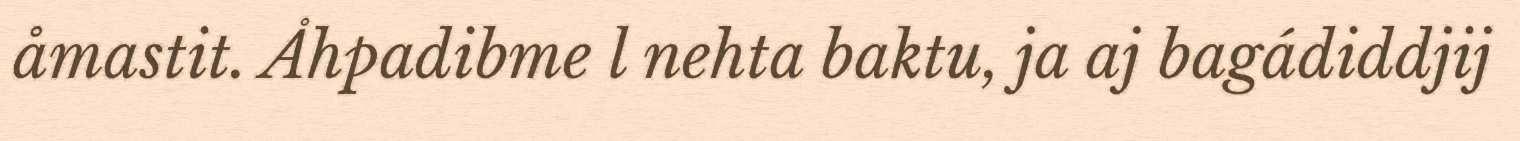
åmastit. Åhpadibme l nehta baktu, ja aj bagádiddjij